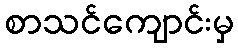
စာသင်ကျောင်းမှ